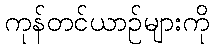
ကုန်တင်ယာဉ်များကို